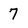
Character: 7